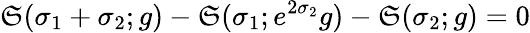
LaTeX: \mathfrak{S}(\sigma_{1}+\sigma_{2};g)-\mathfrak{S}(\sigma_{1};e^{2\sigma_{2}}g)-\mathfrak{S}(\sigma_{2};g)=0